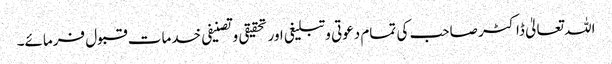
اللہ تعالیٰ ڈاکٹر صاحب کی تمام دعوتی وتبلیغی اور تحقیقی وتصنیفی خدمات قبول فرمائے۔